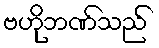
ဗဟိုဘဏ်သည်